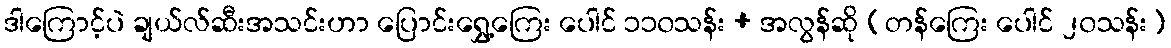
ဒါကြောင့်ပဲ ချယ်လ်ဆီးအသင်းဟာ ပြောင်းရွှေ့ကြေး ပေါင် ၁၁၀သန်း + အလွန်ဆို (တန်ကြေး ပေါင် ၂၀သန်း)